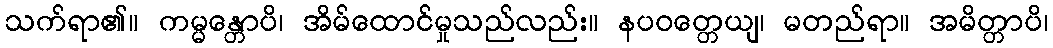
သက်ရာ၏။ ကမ္မန္တောပိ၊ အိမ်ထောင်မှုသည်လည်း။ နပဝတ္တေယျ၊ မတည်ရာ။ အမိတ္တာပိ၊